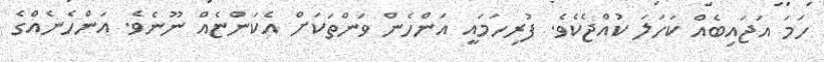
ހަމަ އަޖައިބެއް ކަހަލަ ކުއްޖެކެވެ. ފުރިހަމައީ އަންހެން ވަންތަކަށް އެކަންޏެއް ނޫނެވެ. އަންހެނެއްގެ